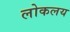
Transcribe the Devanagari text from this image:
लोकलय